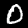
Label: 0